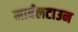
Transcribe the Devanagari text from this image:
मार्बलटाउन